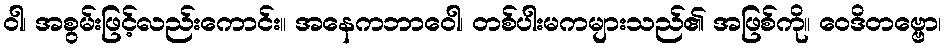
ဝါ၊ အစွမ်းဖြင့်လည်းကောင်း။ အနေကဘာဝေါ၊ တစ်ပါးမကများသည်၏ အဖြစ်ကို။ ဝေဒိတဗ္ဗော၊